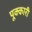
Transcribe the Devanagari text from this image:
पूक्कारी